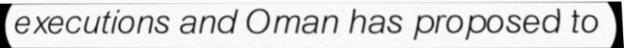
executions and Oman has proposed to